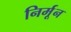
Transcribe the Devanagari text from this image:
निर्मून